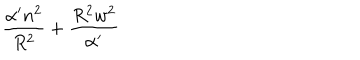
\frac { \alpha ^ { \prime } n ^ { 2 } } { R ^ { 2 } } + \frac { R ^ { 2 } w ^ { 2 } } { \alpha ^ { \prime } }